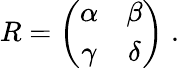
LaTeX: R=\left(\begin{array}{cc}{{\alpha}}&{{\beta}}\\ {{\gamma}}&{{\delta}}\end{array}\right)\; .